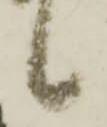
候